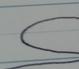
Signature authenticity: forged